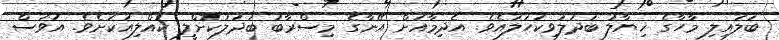
ބަލައިލި މާހާގެ ޚިޔާލު ބަދަލުވިކަހަލައެވެ. އެދިމާއަށް އޭނާގެ މިސްރާބު ބަދަލުކޮށްލީ ކުއްލިއަކަށެވެ. އަވަސް